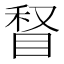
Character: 𰥥